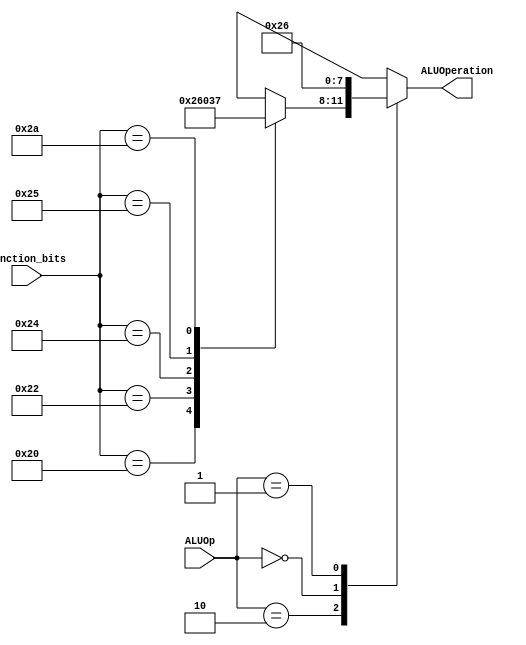
module ALU_Control(
    input [1:0] ALUOp,
    input [5:0] function_bits,
    output reg [3:0] ALUOperation
);

always @(ALUOp or function_bits) begin
    case(ALUOp)
        2'b10: begin // R-type instructions
            case(function_bits)
                6'b100000: ALUOperation <= 4'b0010; // ADD
                6'b100010: ALUOperation <= 4'b0110; // SUB
                6'b100100: ALUOperation <= 4'b0000; // mul
                6'b100101: ALUOperation <= 4'b0011; // XOR
                6'b101010: ALUOperation <= 4'b0111; // SLT (Set on Less Than)
                default: ALUOperation <= 4'bxxxx; // Undefined
            endcase
        end
        2'b00: ALUOperation <= 4'b0010; // LW, SW, ADDI (for I-type instructions)
        2'b01: ALUOperation <= 4'b0110; // BEQ, BNE (for branches)
        default: ALUOperation <= 4'bxxxx; // Undefined for other cases
    endcase
end

endmodule